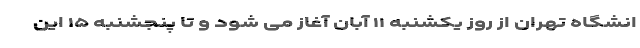
انشگاه تهران از روز یکشنبه ۱۱ آبان آغاز می شود و تا پنجشنبه ۱۵ این